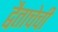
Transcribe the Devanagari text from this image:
द्वैताचेची